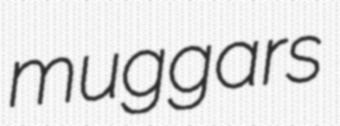
muggars